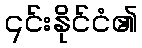
၎င်းနိုင်ငံ၏